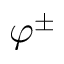
\varphi ^ { \pm }